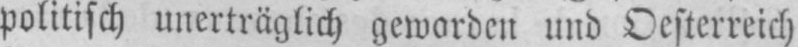
politisch unerträglich geworden und Oesterreich